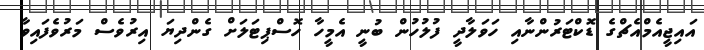
އައިޖީއެމްއެޗްގެ ޑޮކްޓަރުންނާއި ހަވަލާދީ ފުލުހުން ބުނީ އެމީހާ ހޮސްޕިޓަލަށް ގެންދިޔަ އިރުވެސް މަރުވެފައިވާ